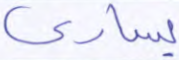
يسارى